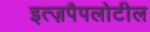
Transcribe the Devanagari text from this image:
इत्ज़पैपलोटील